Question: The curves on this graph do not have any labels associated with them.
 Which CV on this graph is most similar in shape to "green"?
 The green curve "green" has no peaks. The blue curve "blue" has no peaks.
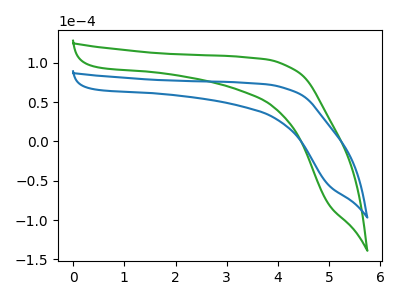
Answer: <think>Neither "green" or "blue" have any peaks.
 </think>
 <answer>The CV with the most similar shape to "blue" is "green".</answer>
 <eval>"green"</eval>